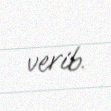
verib.